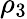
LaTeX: \rho_{3}